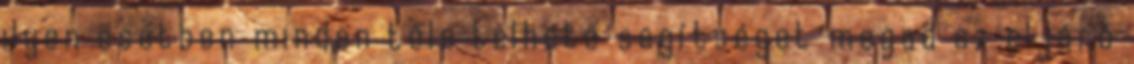
ilyen esetben minden tőle telhető segítséget megad az eljáró